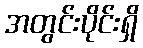
အတွင်းပိုင်းရှိ